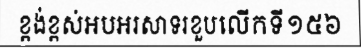
ខ្ពង់ខ្ពស់អបអរសាទរខួបលើកទី១៥៦